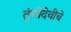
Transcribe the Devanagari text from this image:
तुंगीदेवीचे